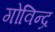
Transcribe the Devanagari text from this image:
गोविन्द्र